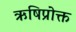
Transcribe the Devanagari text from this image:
ऋषिप्रोक्त